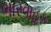
ભારવાહક